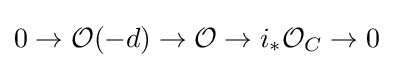
0\to {\mathcal {O}}(-d)\to {\mathcal {O}}\to i_{*}{\mathcal {O}}_{C}\to 0